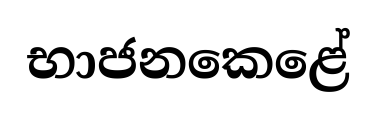
භාජනකෙළේ